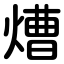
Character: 㷮